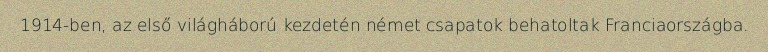
1914-ben, az első világháború kezdetén német csapatok behatoltak Franciaországba.